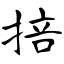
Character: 掊